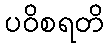
ပဝိစရတိ